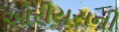
ઓરીયસની